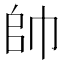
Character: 帥